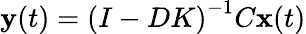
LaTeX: \mathbf{y}(t)=\left(I-DK\right)^{-1}C\mathbf{x}(t)